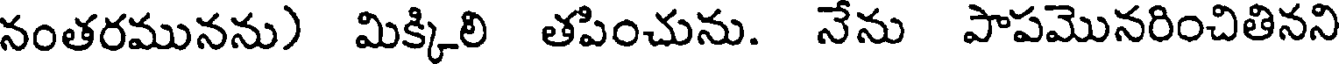
నంతరమునను) మిక్కిలి తపించును. నేను పాపమొనరించితినని